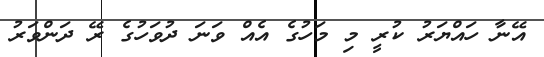
އޭނާ ހައްޔަރު ކުރީ މި މަހުގެ އެއް ވަނަ ދުވަހުގެ ރޭ ދަންވަރު